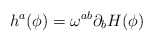
\begin{align*}h^a (\phi) = \omega^{ab} \partial_b H (\phi)\end{align*}